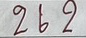
262